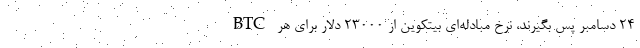
24 دسامبر پس بگیرند، نرخ مبادله‌ای بیتکوین از 23000 دلار برای هر BTC